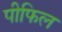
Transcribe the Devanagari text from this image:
पीफिल